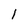
Character: 1